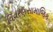
વિવરણસામાજિક